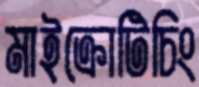
মাইক্রোটিচিং